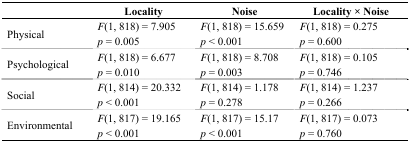
<table><thead><tr><td></td><td><b>Locality</b></td><td><b>Noise</b></td><td><b>Locality × Noise</b></td></tr></thead><tbody><tr><td rowspan="2">Physical</td><td><i>F</i>(1, 818) = 7.905 </td><td><i>F</i>(1, 818) = 15.659</td><td><i>F</i>(1, 818) = 0.275</td></tr><tr><td><i>p</i> = 0.005</td><td><i>p</i> &lt; 0.001</td><td><i>p</i> = 0.600</td></tr><tr><td rowspan="2">Psychological</td><td><i>F</i>(1, 818) = 6.677</td><td><i>F</i>(1, 818) = 8.708</td><td><i>F</i>(1, 818) = 0.105</td></tr><tr><td><i>p</i> = 0.010</td><td><i>p</i> = 0.003</td><td><i>p</i> = 0.746</td></tr><tr><td rowspan="2">Social</td><td><i>F</i>(1, 814) = 20.332</td><td><i>F</i>(1, 814) = 1.178</td><td><i>F</i>(1, 814) = 1.237</td></tr><tr><td><i>p</i> &lt; 0.001</td><td><i>p</i> = 0.278</td><td><i>p</i> = 0.266</td></tr><tr><td rowspan="2">Environmental</td><td><i>F</i>(1, 817) = 19.165</td><td><i>F</i>(1, 817) = 15.17</td><td><i>F</i>(1, 817) = 0.073</td></tr><tr><td><i>p</i> &lt; 0.001</td><td><i>p</i> &lt; 0.001</td><td><i>p</i> = 0.760</td></tr></tbody></table>